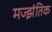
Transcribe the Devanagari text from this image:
मज्झंतिक